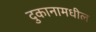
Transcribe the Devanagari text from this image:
दुकानामधील